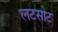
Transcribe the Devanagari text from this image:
लटसोट